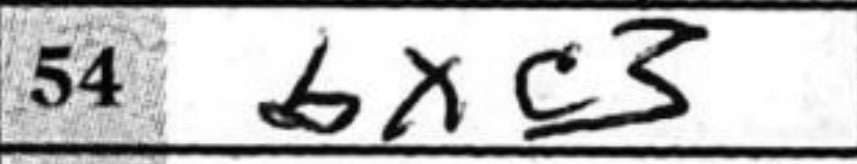
Transcription: bxc3